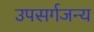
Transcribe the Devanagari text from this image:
उपसर्गजन्य